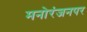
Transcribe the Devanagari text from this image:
मनोरंजनपर